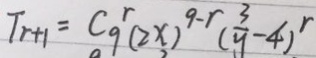
T _ { r + 1 } = C ^ { r } _ { 9 } ( 2 x ) ^ { 9 - r } ( \frac { 3 } { y } - 4 ) ^ { r }